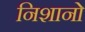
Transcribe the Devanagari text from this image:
निशानो